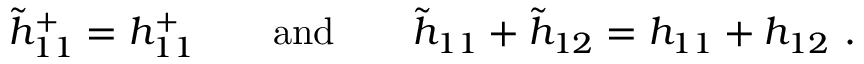
\tilde { h } _ { 1 1 } ^ { + } = h _ { 1 1 } ^ { + } \qquad \mathrm { a n d } \qquad \tilde { h } _ { 1 1 } + \tilde { h } _ { 1 2 } = h _ { 1 1 } + h _ { 1 2 } ~ .